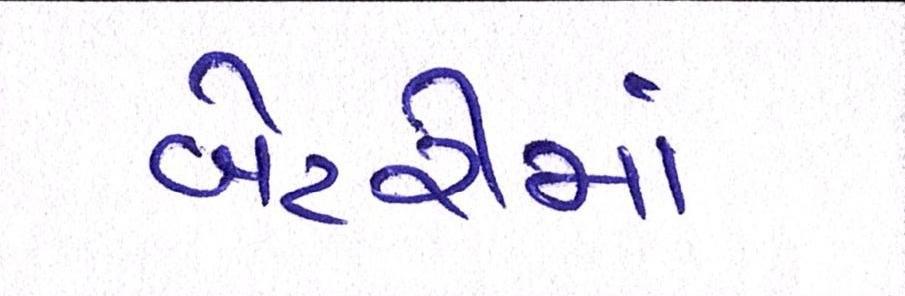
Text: બેટરીમાં